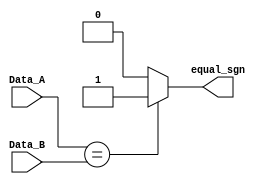
`timescale 1ns / 1ps
//////////////////////////////////////////////////////////////////////////////////
// Company: 
// Engineer: 
// 
// Design Name: 
// Module Name:    Comparator_Equal 
// Project Name: 
// Target Devices: 
// Tool versions: 
// Description: 
//
// Dependencies: 
//
// Revision: 
// Revision 0.01 - File Created
// Additional Comments: 
//
//////////////////////////////////////////////////////////////////////////////////

//This comparator is exclusive to comparate the sign bits (1 Bit width) of the operands,
//the result is useful to take decisions about add or subtract significands
//in the third phase of execution

module Comparator_Equal

//It needs to be adjustable because it's used in two modules,
//but this parameter is not a function of the width of the format
	# (parameter S = 1) 
	(
	input wire [S-1:0] Data_A,
	input wire [S-1:0] Data_B,
	output wire equal_sgn
    );

assign equal_sgn = (Data_A == Data_B) ? 1'b1 : 1'b0;
//The result is 1 if the signs are equal otherwise is 0.

endmodule